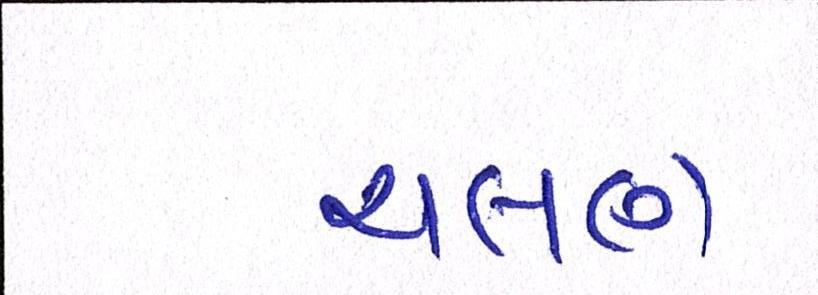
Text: ચલણ